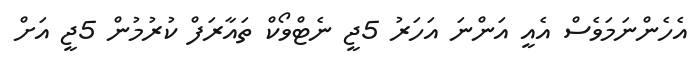
އެހެންނަމަވެސް އެއީ އަންނަ އަހަރު 5ޖީ ނެޓްވޯކް ތައާރަފް ކުރުމުން 5ޖީ އަށް